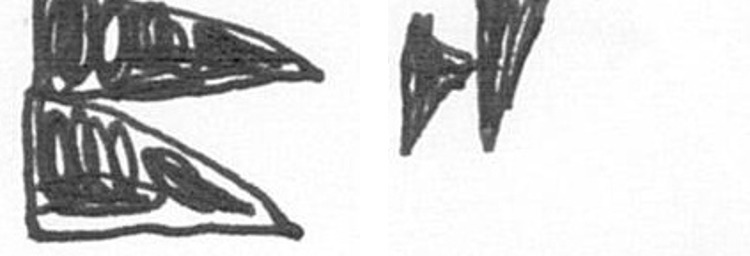
P M